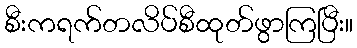
စီးကရက်တလိပ်စီထုတ်ဖွာကြပြီး။